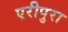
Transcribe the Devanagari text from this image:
एरीपुरा